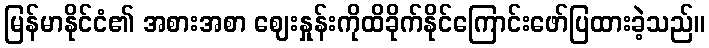
မြန်မာနိုင်ငံ၏ အစားအစာ ဈေးနှုန်းကိုထိခိုက်နိုင်ကြောင်းဖော်ပြထားခဲ့သည်။